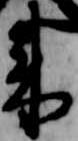
来